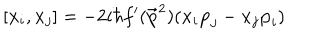
LaTeX: [ { \bf { x } } _ { i } , { \bf { x } } _ { j } ] = - 2 i \hbar f ^ { \prime } ( { \bf \vec { p } } ^ { 2 } ) ( { \bf { x } } _ { i } { \bf { p } } _ { j } - { \bf { x } } _ { j } { \bf { p } } _ { i } )